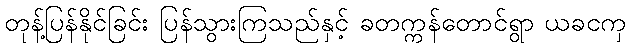
တုန့်ပြန်နိုင်ခြင်း ပြန်သွားကြသည်နှင့် ခတက္ကန်တောင်ရွာ ယခငကှ